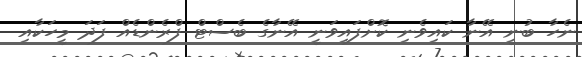
ނެހާ ބުނީ އޭނާ ކައިވެނި ކޮށްފައިވަނީ އޭނާގެ ބެސްޓް ފްރެންޑެއް ފަދަ މީހަކާއި